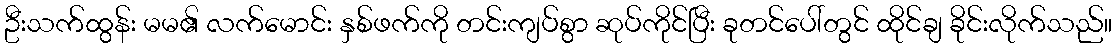
ဦးသက်ထွန်း မမ၏ လက်မောင်း နှစ်ဖက်ကို တင်းကျပ်စွာ ဆုပ်ကိုင်ပြီး ခုတင်ပေါ်တွင် ထိုင်ချ ခိုင်းလိုက်သည်။